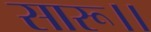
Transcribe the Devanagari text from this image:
सारू।।